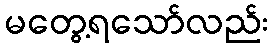
မတွေ့ရသော်လည်း